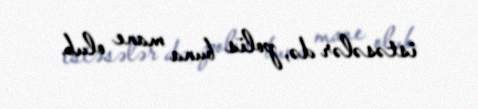
istəsələr də, polis buna mane olub.